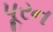
પૂરન